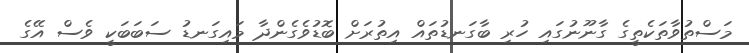
މަސްތުވާތަކެތީގެ ގާނޫނުގައި ހުރި ބާގަނޑުތައް އިތުރަށް ބޮޑުވެގެންދާ މައިގަނޑު ސަބަބަކީ ވެސް އޭގެ